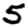
Digit: 5